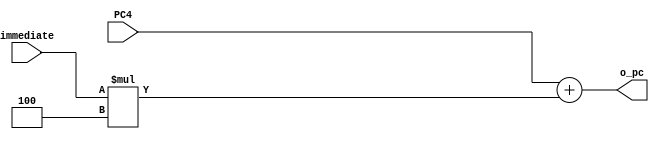
`timescale 1ns / 1ps

module PC1(
    input [31:0] PC4,
    input [31:0] immediate,
    output reg [31:0] o_pc
    );
    always @(immediate or PC4) o_pc = PC4 + immediate * 4;
endmodule